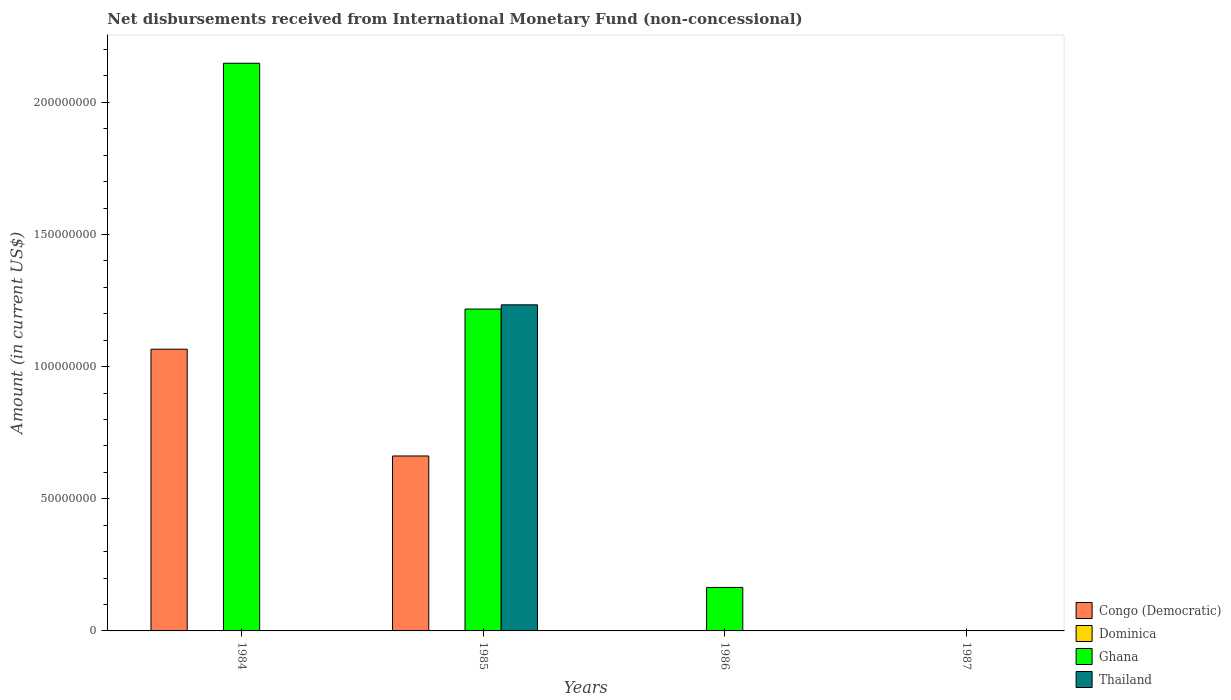
| Years | Congo (Democratic) | Dominica | Ghana | Thailand |
 | --- | --- | --- | --- | --- |
 | 1984 | 1.07e+08 | -3.4e+05 | 2.15e+08 | -6.08e+07 |
 | 1985 | 6.62e+07 | -1.51e+06 | 1.22e+08 | 1.23e+08 |
 | 1986 | -1.58e+07 | -1.58e+06 | 1.64e+07 | -1.42e+08 |
 | 1987 | -7.23e+07 | -4.38e+06 | -8.19e+07 | -2.13e+08 |